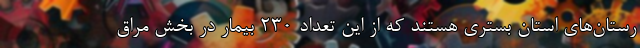
رستان‌های استان بستری هستند که از این تعداد ۲۳۰ بیمار در بخش مراق